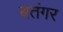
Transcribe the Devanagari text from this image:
बतंगर